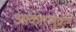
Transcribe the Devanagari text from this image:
आकारानुक्रमे